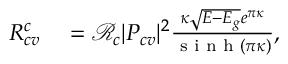
\begin{array} { r l } { R _ { c v } ^ { c } } & { { } = \mathcal { R } _ { c } | P _ { c v } | ^ { 2 } \frac { \kappa \sqrt { E - E _ { g } } e ^ { \pi \kappa } } { \textrm { s i n h } ( \pi \kappa ) } , } \end{array}